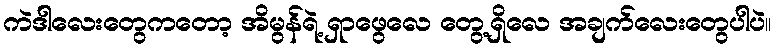
ကဲဒါလေးတွေကတော့ အိမွန်ရဲ့ ရှာဖွေလေ တွေ့ရှိလေ အချက်လေးတွေပါပဲ။